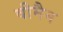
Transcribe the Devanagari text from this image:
वीमैन